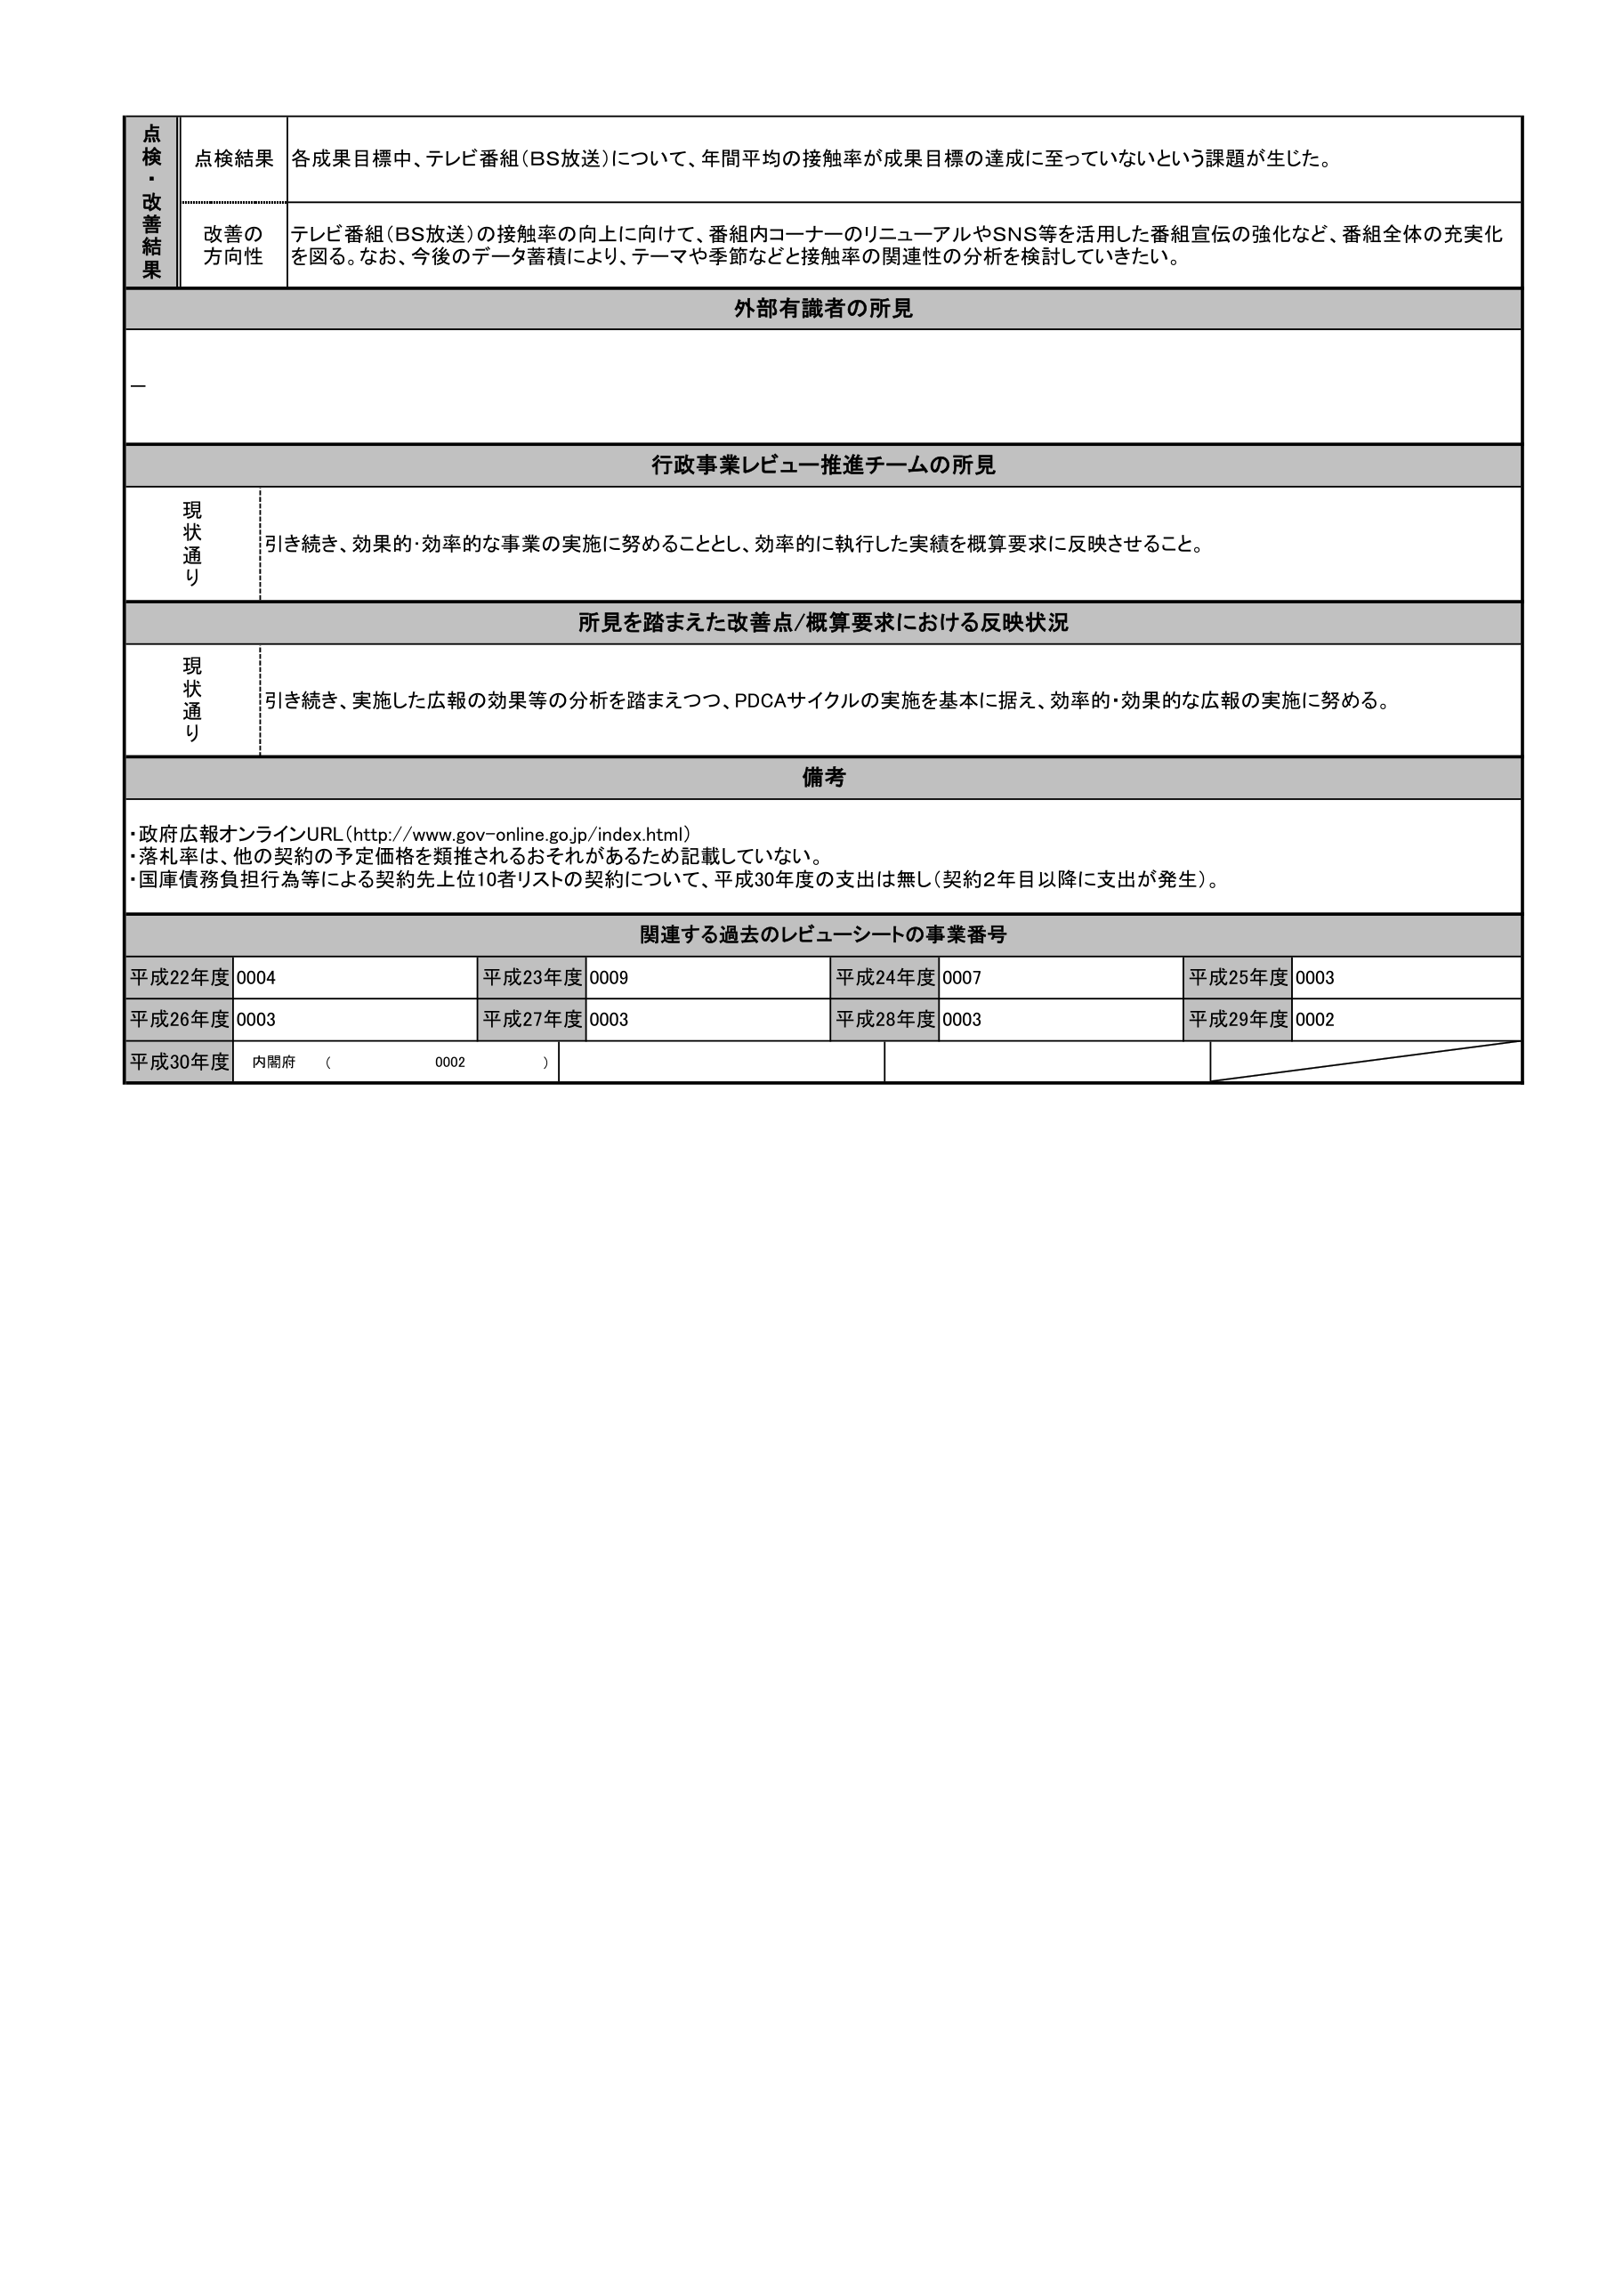
点検・改善結果
点検結果
各成果目標中、テレビ番組（BS放送）について、年間平均の接触率が成果目標の達成に至っていないという課題が生じた。
改善の方向性
テレビ番組（BS放送）の接触率の向上に向けて、番組内コーナーのリニューアルやSNS等を活用した番組宣伝の強化など、番組全体の充実化を図る。なお、今後のデータ蓄積により、テーマや季節などと接触率の関連性の分析を検討していきたい。
外部有識者の所見
―
行政事業レビュー推進チームの所見
現状通り
引き続き、効果的・効率的な事業の実施に努めることとし、効率的に執行した実績を概算要求に反映させること。
所見を踏まえた改善点/概算要求における反映状況
現状通り
引き続き、実施した広報の効果等の分析を踏まえつつ、PDCAサイクルの実施を基本に据え、効率的・効果的な広報の実施に努める。
備考
・政府広報オンラインURL（http://www.gov-online.go.jp/index.html）
・落札率は、他の契約の予定価格を類推されるおそれがあるため記載していない。
・国庫債務負担行為等による契約先上位10者リストの契約について、平成30年度の支出は無し（契約2年目以降に支出が発生）。
関連する過去のレビューシートの事業番号
平成22年度 0004
平成23年度 0009
平成24年度 0007
平成25年度 0003
平成26年度 0003
平成27年度 0003
平成28年度 0003
平成29年度 0002
平成30年度 内閣府（0002）